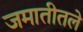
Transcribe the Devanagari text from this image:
जमातीतले